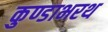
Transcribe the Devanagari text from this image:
कुण्डाभरथ